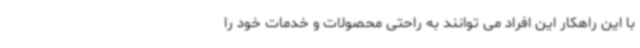
با این راهکار این افراد می توانند به راحتی محصولات و خدمات خود را